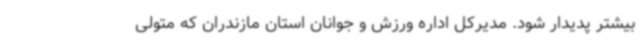
بیشتر پدیدار شود. مدیرکل اداره ورزش و جوانان استان مازندران که متولی